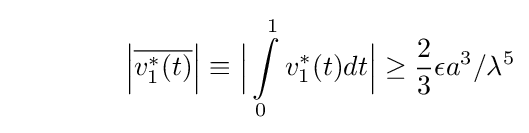
\qquad \qquad {\Big |}{\overline {v_{1}^{*}(t)}}{\Big |}\equiv {\Big |}\int \limits _{0}^{1}v_{1}^{*}(t)dt{\Big |}\geq {\frac {2}{3}}\epsilon a^{3}/\lambda ^{5}